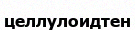
целлулоидтен